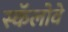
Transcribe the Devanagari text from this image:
स्कॅलोवे